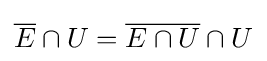
{\overline {E}}\cap U={\overline {E\cap U}}\cap U